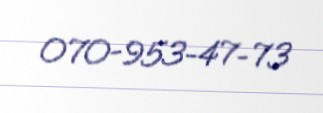
070-953-47-73